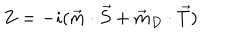
Z = - i ( \vec { m } \cdot \vec { S } + \vec { m } _ { D } \cdot \vec { T } )